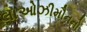
લાઓઝીમૌનનો